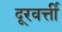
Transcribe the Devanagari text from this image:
दूरवर्त्ती